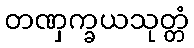
တဏှက္ခယသုတ္တံ